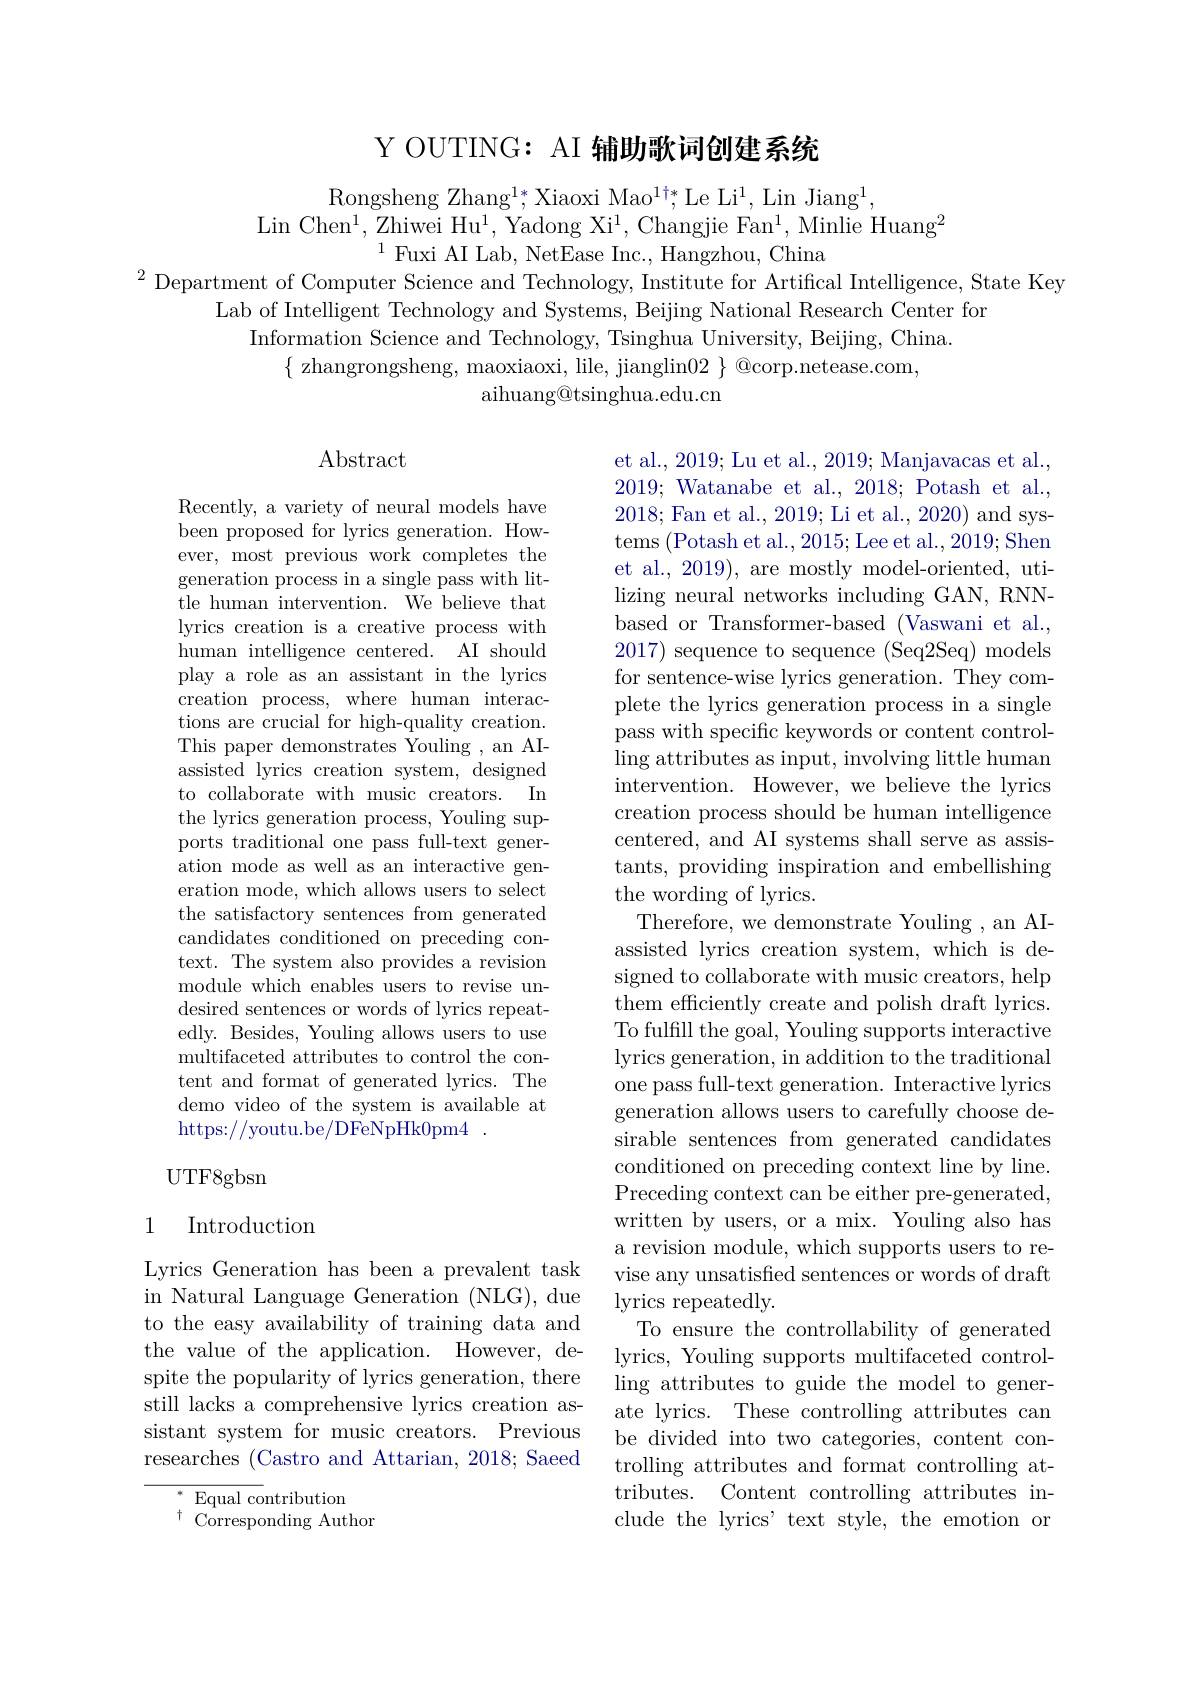
Y OUTING: AI 辅助歌词创建系统

Rongsheng Zhang$^1*$,Xiaoxi Mao$^{1\dagger*}$,Le Li$^1$, Lin Jiang$^1$,
Lin Chen$^1$,Zhiwei Hu$^1$,Yadong Xi$^1$,Changjie Fan$^1$,Minlie Huang$^2$
$^{1}$Fuxi AI Lab, NetEase Inc., Hangzhou, China
$^{2}$Department of Computer Science and Technology, Institute for Artifical Intelligence, State Key

Lab of Intelligent Technology and Systems, Beijing National Research Center for
Information Science and Technology, Tsinghua University, Beijing, China.
$\{\begin{array}{c}\text{zhangrongsheng,maoxiaoxi,lile,jianglin02}\end{array}\}\begin{array}{c}\text{@corp.netease.com,}\\\end{array}$
aihuang@tsinghua.edu.cn

## Abstract

Recently, a variety of neural models have been proposed for lyrics generation. However, most previous work completes the generation process in a single pass with little human intervention. We believe that lyrics creation is a creative process with human intelligence centered. AI should play a role as an assistant in the lyrics creation process, where human interactions are crucial for high-quality creation. This paper demonstrates Youling , an AIassisted lyrics creation system, designed to collaborate with music creators. In the lyrics generation process, Youling supports traditional one pass full-text generation mode as well as an interactive generation mode, which allows users to select the satisfactory sentences from generated candidates conditioned on preceding context. The system also provides a revision module which enables users to revise undesired sentences or words of lyrics repeatedly. Besides, Youling allows users to use multifaceted attributes to control the content and format of generated lyrics. The demo video of the system is available at https://youtu.be/DFeNpHk0pm4.

et al., 2019; Lu et al., 2019; Manjavacas et al., 2019; Watanabe et al., 2018; Potash et al., 2018; Fan et al., 2019; Li et al., 2020) and systems (Potash et al., 2015; Lee et al., 2019; Shen et al., 2019), are mostly model-oriented, utilizing neural networks including GAN, RNNbased or Transformer-based (Vaswani et al., 2017) sequence to sequence (Seq2Seq) models for sentence-wise lyrics generation. They complete the lyrics generation process in a single pass with specific keywords or content control- $\operatorname{ling}$attributes as input, involving little human intervention. However, we believe the lyrics creation process should be human intelligence centered, and AI systems shall serve as assistants, providing inspiration and embellishing the wording of lyrics.
Therefore, we demonstrate Youling , an AIassisted lyrics creation system, which is designed to collaborate with music creators, help them efficiently create and polish draft lyrics. To fulfill the goal, Youling supports interactive lyrics generation, in addition to the traditional one pass full-text generation. Interactive lyrics generation allows users to carefully choose desirable sentences from generated candidates conditioned on preceding context line by line. Preceding context can be either pre-generated written by users, or a mix. Youling also has a revision module, which supports users to revise any unsatisfied sentences or words of draft lyrics repeatedly.
To ensure the controllability of generated lyrics, Youling supports multifaceted controlling attributes to guide the model to generate lyrics. These controlling attributes can be divided into two categories, content controlling attributes and format controlling attributes. Content controlling attributes include the lyrics' text style, the emotion or

UTF8gbsn

### 1 Introduction

Lyrics Generation has been a prevalent task in Natural Language Generation (NLG), due to the easy availability of training data and the value of the application. However, despite the popularity of lyrics generation, there still lacks a comprehensive lyrics creation assistant system for music creators. Previous researches (Castro and Attarian, 2018; Saeed

$^*$Equal contribution
$^{\dagger}{\mathrm{Corresponding~Author}}$